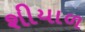
શીયાળ